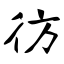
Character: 彷